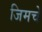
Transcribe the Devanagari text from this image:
जिमचे